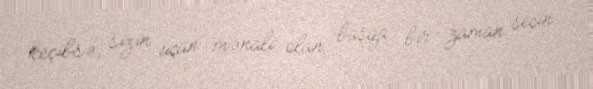
keçibsə, sizin üçün mənalı olan başqa bir zaman seçin.